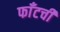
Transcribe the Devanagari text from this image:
फाँटची